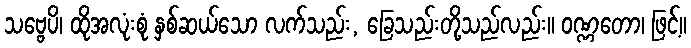
သဗ္ဗေပိ၊ ထိုအလုံးစုံ နှစ်ဆယ်သော လက်သည်း, ခြေသည်းတို့သည်လည်း။ ဝဏ္ဏတော၊ ဖြင့်။